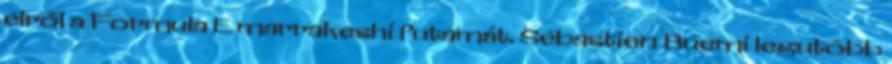
élről a Formula E marrakeshi futamát. Sébastien Buemi legutóbb